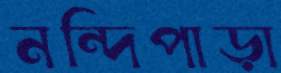
নন্দিপাড়া